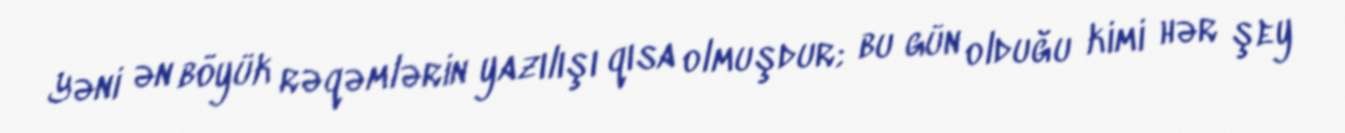
Yəni ən böyük rəqəmlərin yazılışı qısa olmuşdur; bu gün olduğu kimi hər şey